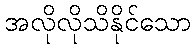
အလိုလိုသိနိုင်သော